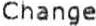
CHANGE